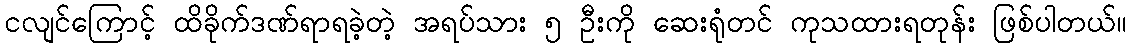
ငလျင်ကြောင့် ထိခိုက်ဒဏ်ရာရခဲ့တဲ့ အရပ်သား ၅ ဦးကို ဆေးရုံတင် ကုသထားရတုန်း ဖြစ်ပါတယ်။